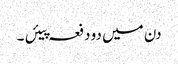
دن میں دو دفعہ پیئں ۔